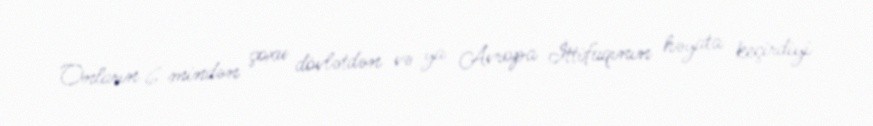
Onların 6 mindən çoxu dövlətdən və ya Avropa İttifaqının həyata keçirdiyi